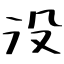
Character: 没